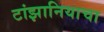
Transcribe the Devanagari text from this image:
टांझानियाचा